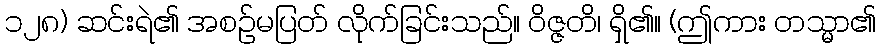
၁၂၈) ဆင်းရဲ၏ အစဉ်မပြတ် လိုက်ခြင်းသည်။ ဝိဇ္ဇတိ၊ ရှိ၏။ (ဤကား တသ္မာ၏